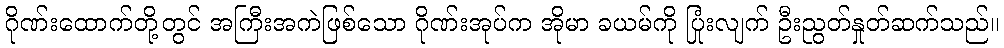
ဂိုဏ်းထောက်တို့တွင် အကြီးအကဲဖြစ်သော ဂိုဏ်းအုပ်က အိုမာ ခယမ်ကို ပြုံးလျက် ဦးညွတ်နှုတ်ဆက်သည်။